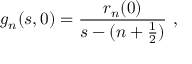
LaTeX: g _ { n } ( s , 0 ) = \frac { r _ { n } ( 0 ) } { s - ( n + \frac { 1 } { 2 } ) } \ ,